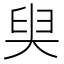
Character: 𡘩